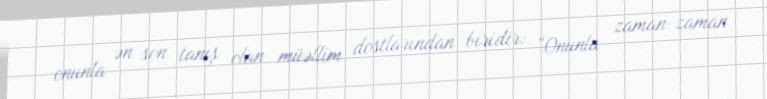
onunla ən son tanış olan müəllim dostlarından biridir: “Onunla zaman-zaman